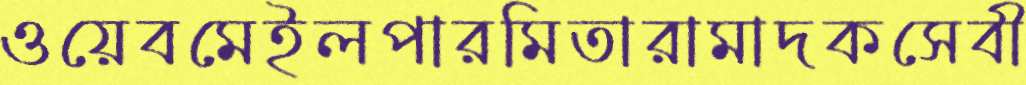
ওয়েবমেইলপারমিতারামাদকসেবী